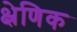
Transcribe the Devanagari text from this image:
क्ष्रेणिक